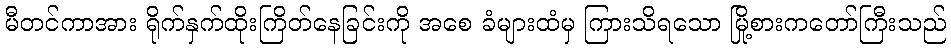
မီတင်ကာအား ရိုက်နှက်ထိုးကြိတ်နေခြင်းကို အစေ ခံများထံမှ ကြားသိရသော မြို့စားကတော်ကြီးသည်